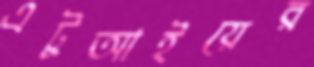
এটুআইয়ের